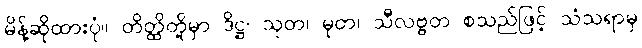
မိန့်ဆိုထားပုံ။ တိတ္ထိတို့မှာ ဒိဋ္ဌ၊ သုတ၊ မုတ၊ သီလဗ္ဗတ စသည်ဖြင့် သံသရာမှ